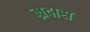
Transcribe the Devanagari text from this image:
म्रदास